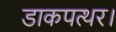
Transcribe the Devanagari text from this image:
डाकपत्थर।